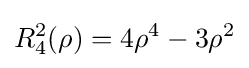
R_{4}^{2}(\rho )=4\rho ^{4}-3\rho ^{2}